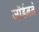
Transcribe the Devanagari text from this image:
जॉर्डनने